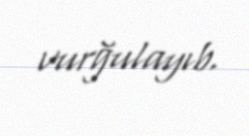
vurğulayıb.